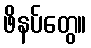
ဖိနပ်တွေ။